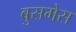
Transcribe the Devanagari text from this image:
बुसमेस